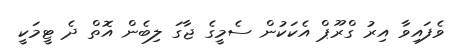
ވެފައިވާ އިރު ގްރޫޕް އެކަކުން ސެމީގެ ޖާގަ ލިބެން އޮތް ދެ ޓީމަކީ